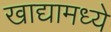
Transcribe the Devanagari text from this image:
खाद्यामध्ये